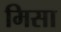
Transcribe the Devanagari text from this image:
मिसा